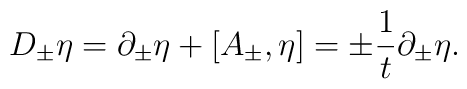
D_\pm \eta = \partial_\pm \eta + [A_\pm, \eta] = \pm {1\over t} \partial_\pm\eta.